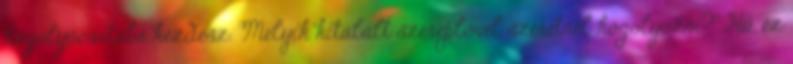
hógolyócsatába kezdesz. Melyik kitalált szereplővel szeretnél hógolyózni?" Hű, ez